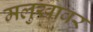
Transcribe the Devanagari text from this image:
मलुखावर